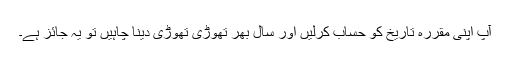
آپ اپنی مقررہ تاریخ کو حساب کرلیں اور سال بھر تھوڑی تھوڑی دینا چاہیں تو یہ جائز ہے۔